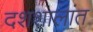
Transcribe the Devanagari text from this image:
दशशालांत